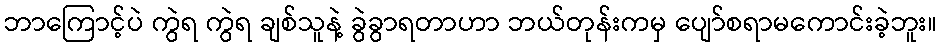
ဘာကြောင့်ပဲ ကွဲရ ကွဲရ ချစ်သူနဲ့ ခွဲခွာရတာဟာ ဘယ်တုန်းကမှ ပျော်စရာမကောင်းခဲ့ဘူး။